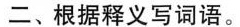
二、根据释义写词语。